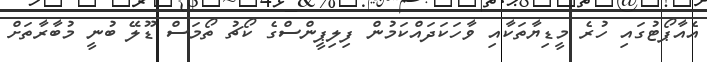
އެއާޕޯޓުގައި ހުރެ މީޑިޔާތަކާއި ވާހަކަދައްކަމުން ފިލިޕީންސްގެ ކޯޗު ތޯމަސް ޑޫލޭ ބުނީ މުބާރާތަށް